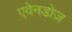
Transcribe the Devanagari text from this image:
एवेनडोज़